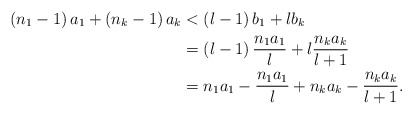
\begin{align*}\left( n_{1}-1\right) a_{1}+\left( n_{k}-1\right) a_{k} & <\left(l-1\right) b_{1}+lb_{k}\\& =\left( l-1\right) \frac{n_{1}a_{1}}{l}+l\frac{n_{k}a_{k}}{l+1}\\& =n_{1}a_{1}-\frac{n_{1}a_{1}}{l}+n_{k}a_{k}-\frac{n_{k}a_{k}}{l+1}.\end{align*}